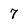
Character: 7